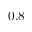
0 . 8